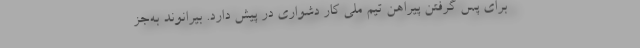
برای پس گرفتن پیراهن تیم ملی کار دشواری در پیش دارد. بیرانوند به‌جز